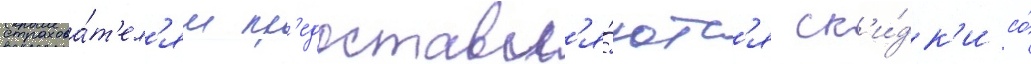
страхова́т'ел'ям пр'едоставл'я́ютс'я ск'и́дк'и со́